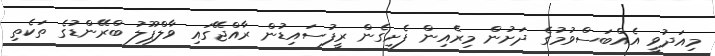
މިއަދުވީ އެއްބަސްވުމުގެ ދަށުން މިރެއިން ފެށިގެން ރީފުސައިޑުން ރާއްޖޭގައި ވާލްޕޫލު ބްރޭންޑުގެ ތަކެތި